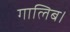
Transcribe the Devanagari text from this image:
गालिब।